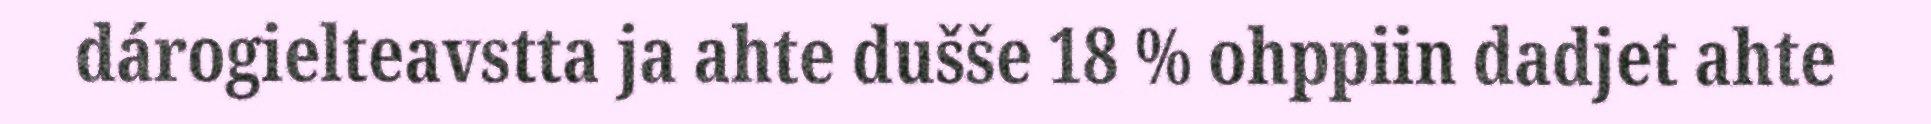
dárogielteavstta ja ahte dušše 18 % ohppiin dadjet ahte